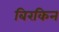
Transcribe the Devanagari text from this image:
बिरकिन